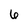
Character: 6